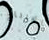
الارباح